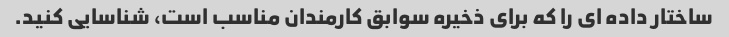
ساختار داده ای را که برای ذخیره سوابق کارمندان مناسب است، شناسایی کنید.